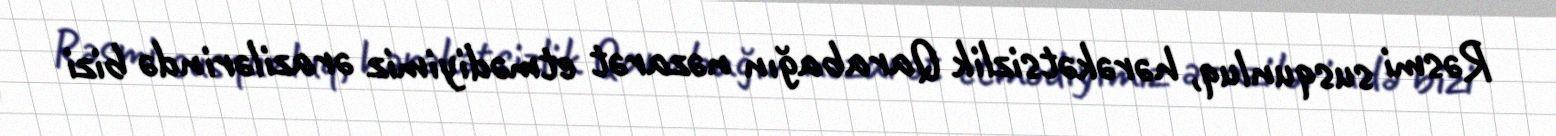
Rəsmi susqunluq, hərəkətsizlik Qarabağın nəzarət etmədiyimiz ərazilərində bizi